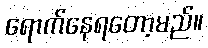
ရောက်နေရတော့မည်။